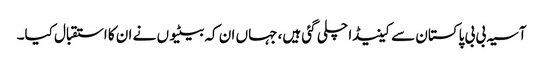
آسیہ بی بی پاکستان سے کینیڈا چلی گئی ہیں، جہاں ان کہ بیٹیوں نے ان کا استقبال کیا۔